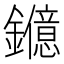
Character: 𨯑